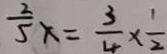
\frac { 2 } { 5 } x = \frac { 3 } { 4 } \times \frac { 1 } { 2 }